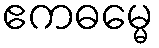
ဧကဓမ္မေ